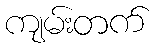
ကျမ်းတက်